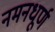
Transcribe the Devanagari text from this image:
नमनधूर्ण